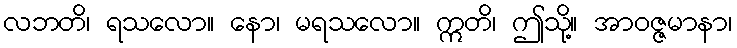
လဘတိ၊ ရသလော။ နော၊ မရသလော။ ဣတိ၊ ဤသို့။ အာဝဇ္ဇမာနာ၊